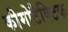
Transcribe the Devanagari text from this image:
कीमोटैक्टिक